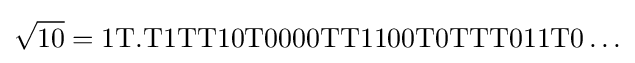
{\sqrt {\mathrm {10} }}=\mathrm {1T.T1TT10T0000TT1100T0TTT011T0\ldots }